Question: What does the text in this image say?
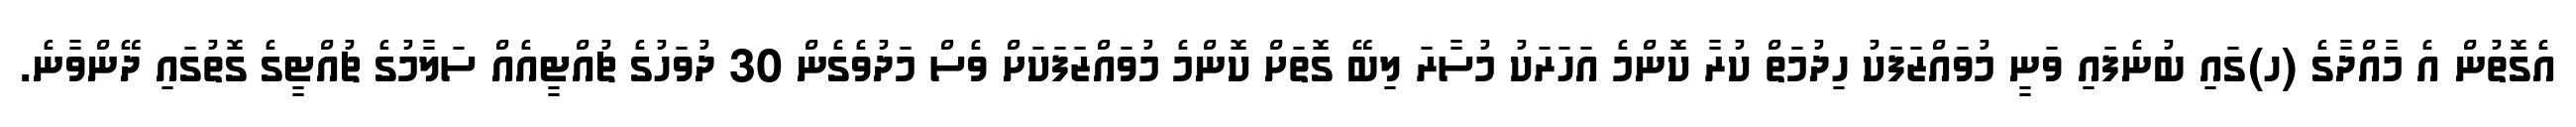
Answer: އެގޮތުން އެ މާއްދާގެ (ހ)ގައި ބުނެފައި ވަނީ މުވައްޒަފަކު ހިދުމަތް ކުރާ ކޮންމެ އަހަރަކު މުސާރަ ލިބޭ ގޮތަށް ކޮންމެ މުވައްޒަފަކަށް ވެސް މަދުވެގެން 30 ދުވަހުގެ ޗުއްޓީއެއް ސަލާމުގެ ޗުއްޓީގެ ގޮތުގައި ދޭންވާނެ.